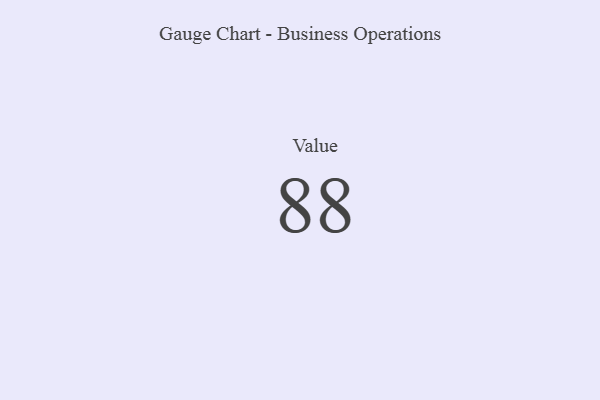
{"axis": {"x": "Metric", "y": "Value"}, "legend": [""], "data": [{"x": "Value", "y": 88, "type": ""}]}